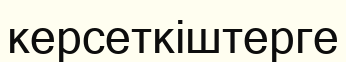
керсеткіштерге